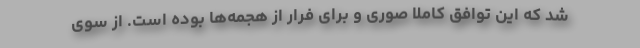
شد که این توافق کاملا صوری و برای فرار از هجمه‌ها بوده است. از سوی